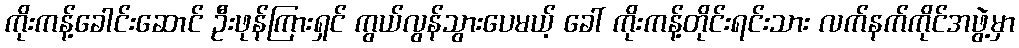
ကိုးကန့်ခေါင်းဆောင် ဦးဖုန်ကြားရှင် ကွယ်လွန်သွားပေမယ့် ခေါ် ကိုးကန့်တိုင်းရင်းသား လက်နက်ကိုင်အဖွဲ့မှာ